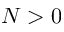
N > 0